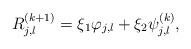
LaTeX: \begin{align*}R_{j,l}^{(k+1)}=\xi_1\varphi_{j,l} + \xi_2\psi_{j,l}^{(k)},\end{align*}